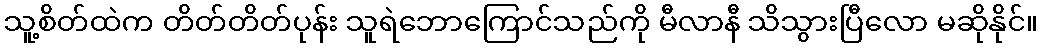
သူ့စိတ်ထဲက တိတ်တိတ်ပုန်း သူရဲဘောကြောင်သည်ကို မီလာနီ သိသွားပြီလော မဆိုနိုင်။